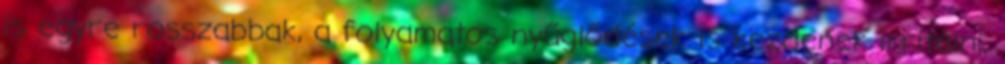
is egyre rosszabbak, a folyamatos nyűglődések is kezdenek irritálni,